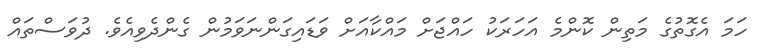
ހަމަ އެގޮތުގެ މަތިން ކޮންމެ އަހަރަކު ހައްޖަށް މައްކާއަށް ވަޑައިގަންނަވަމުން ގެންދެވިއެވެ. ދުވަސްތައް